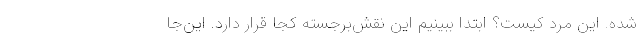
شده. این مرد کیست؟ ابتدا ببینیم این نقش‌برجسته کجا قرار دارد. این‌جا